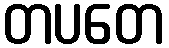
တပတေ